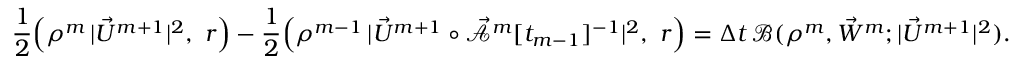
\frac { 1 } { 2 } \Bigl ( \rho ^ { m } \, | \vec { U } ^ { m + 1 } | ^ { 2 } , ~ r \Bigr ) - \frac { 1 } { 2 } \Bigl ( \rho ^ { m - 1 } \, | \vec { U } ^ { m + 1 } \circ \mathcal { \vec { A } } ^ { m } [ t _ { m - 1 } ] ^ { - 1 } | ^ { 2 } , ~ r \Bigr ) = \Delta t \, \mathscr { B } ( \rho ^ { m } , \vec { W } ^ { m } ; | \vec { U } ^ { m + 1 } | ^ { 2 } ) .